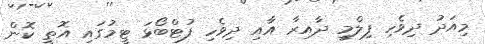
މިއަދު ދިވެހި ފިލްމީ ދާއިރާ އާއި ދިވެހި ފުޓްބޯޅަ ޓީމުގައި އޮތީ ކޮން